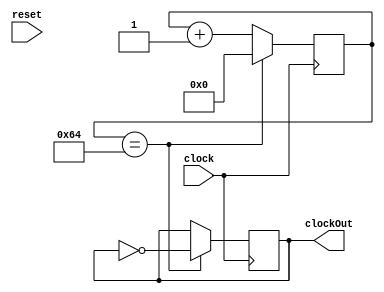
`timescale 10ns / 1ns
//////////////////////////////////////////////////////////////////////////////////
// Company: HUST
//
// Design Name:
// Module Name: clock
// Project Name:
// Target Devices:
// Tool Versions:
// Description:
//
// Dependencies:
//
// Revision:
// Revision 0.01 - File Created
// Additional Comments:
//
//////////////////////////////////////////////////////////////////////////////////


///@brief frequency divider
module ClockDivider #(
        parameter DIVIDE = 100
    )(
        input wire clock,
        input wire reset,
        output reg clockOut = 0
    );

    reg[31: 0] counter = 0;

    always @(posedge clock) begin
        if(counter == DIVIDE) begin
            clockOut <= ~clockOut;
            counter <= 0;
        end else begin
            counter <= counter + 1;
        end
    end
endmodule